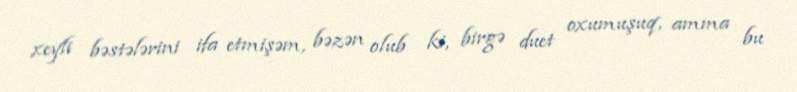
xeyli bəstələrini ifa etmişəm, bəzən olub ki, birgə duet oxumuşuq, amma bu